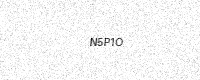
Text: N5P1O